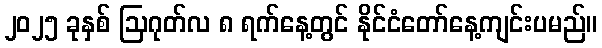
၂၀၂၅ ခုနှစ် ဩဂုတ်လ ၈ ရက်နေ့တွင် နိုင်ငံတော်နေ့ကျင်းပမည်။